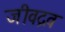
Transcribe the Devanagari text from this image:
जीवद्रव